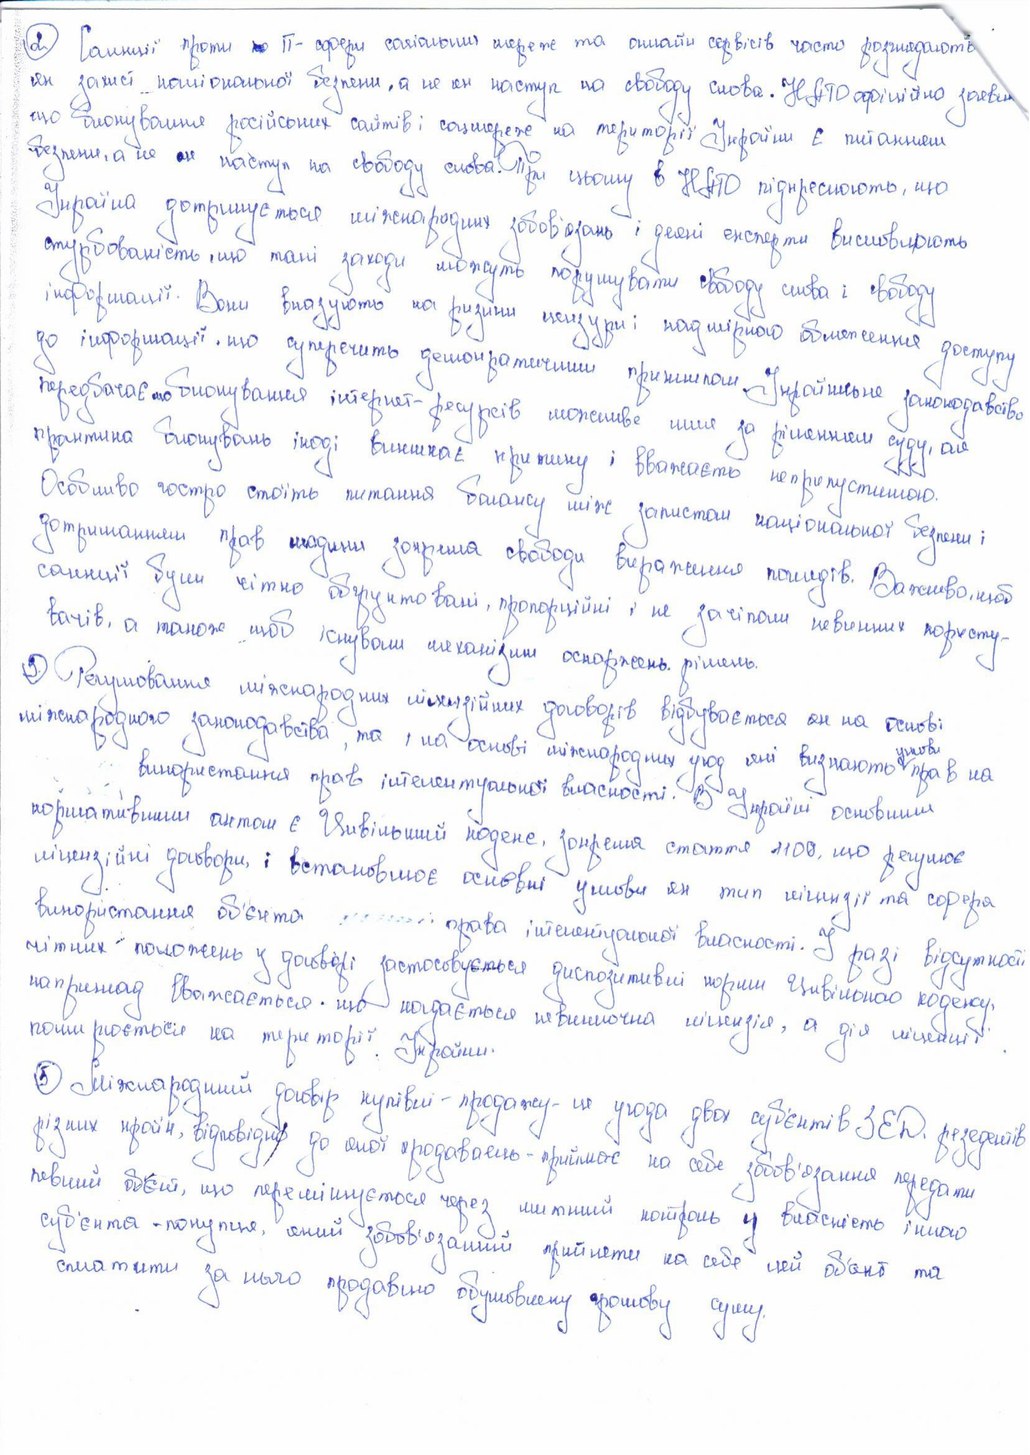
2. Санкції проти ~~по~~IT- сфери соціальних мереж та онлайн сервісів часто розглядають
як захист національної безпеки, а не як наступ на свободу слова. НАТО офіційно заявили,
що блокування російських сайтів і соцмереж на території України є питанням
безпеки, а не як наступ на свободу слова. При цьому в НАТО підкреслюють, що
Україна дотримується міжнародних зобов'язань і деякі експерти висловлюють
стурбованість, що такі заходи можуть порушувати свободу слова і свободу
інформації. Вони вказують на ризики цензури і надмірного обмеження доступу
до інформації, що суперечить демократичним принципам. Українське законодавство
передбачає, що блокування інтернет-ресурсів можливе лише за рішенням суду. але
але практика блокувань іноді викликає критику і вважаєть неприпустимою
Особливо гостро стоїть питання балансу між захистом національної безпеки
дотриманням прав людини зокрема свободи вираження поглядів. Важливо, щоб
сумніві були чітко обгрунтовані, пропорційні і не зачіпали невинних користу-
вачів, а також щоб існували механізми оскаржень рішень.
9) Регулювання міжнародних ліцензійних договорів відбувається он на основі
міжнародного законодавства, та, на основі міжнародних угод які визнають умови прав на
використання прав інтелектуальної власності. В Україні основним
умов
нормативним актом є Цивільний кодекс. зокрема стаття 1109, що регулює
ліцензійні договори, і встановлює основні умови як тип ліцензії та сфера
використання об'єкта [illegible] права інтелектуальної власності. У разі відсутності
чітких положень у договорі застосовується диспозитивні норми Цивільного кодексу
наприклад вважається, що надається невиключна ліцензія, а дія ліцензії
поширюється на території України.
5) Міжнародний договір купівлі-продажу - це угода двох суб'єктів ЗЕД  резедентів
різних країн, відповідно до якої продавець - приймає на себе зобов'язання передати
певний об'єкт, що переміщується через митний кордон у власність іншого
суб'єкта - покупця, який зобов'язаний прийняти на себе цей об'єкт та
сплатити за нього продавцю обумовлену грошову суму.